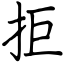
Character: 拒